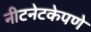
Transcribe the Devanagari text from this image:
नीटनेटकेपणे